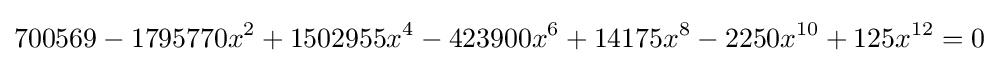
700569-1795770x^{2}+1502955x^{4}-423900x^{6}+14175x^{8}-2250x^{10}+125x^{12}=0